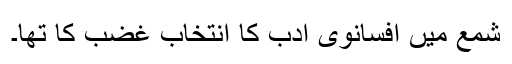
شمع میں افسانوی ادب کا انتخاب غضب کا تھا۔